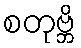
စတုဗ္ဘိ